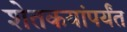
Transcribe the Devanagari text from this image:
शेतकयांपर्यंत